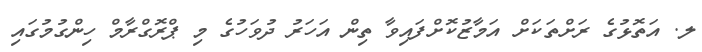
ލ. އަތޮޅުގެ ރަށްތަކަށް އަމާޒުކޮށްފައިވާ ތިން އަހަރު ދުވަހުގެ މި ޕްރޮގްރާމް ހިންގުމުގައި